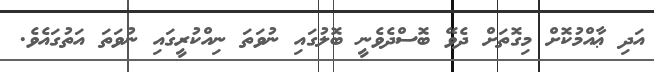
އަދި ޢާއްމުކޮށް މިގޮތަށް ދެވޭ ބޮސްދެވެނީ ބޮލުގައި ނުވަތަ ނިއްކުރީގައި ނުވަތަ އަތުގައެވެ.